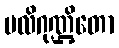
ပလိဂုဏ္ဌိတော